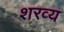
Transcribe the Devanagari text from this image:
शरव्य